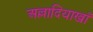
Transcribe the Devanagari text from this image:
अल्लादियाखाँ